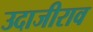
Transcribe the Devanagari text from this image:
उदाजीराव